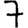
Digit: 7